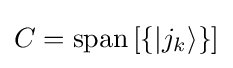
C=\operatorname {span} \left[\left\{|j_{k}\rangle \right\}\right]